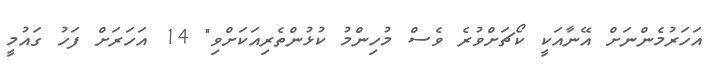
އަހަރުމެންނަށް އޭނާއަކީ ކޯޗަށްވުރެ ވެސް މުހިންމު ކުޅުންތެރިއަކަށްވި" 14 އަހަރަށް ފަހު ގައުމީ